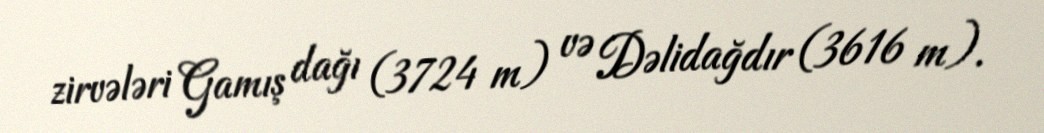
zirvələri Gamış dağı (3724 m) və Dəlidağdır (3616 m).